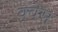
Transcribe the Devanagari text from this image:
क्वेस